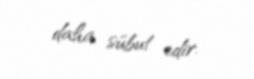
daha sübut edir.